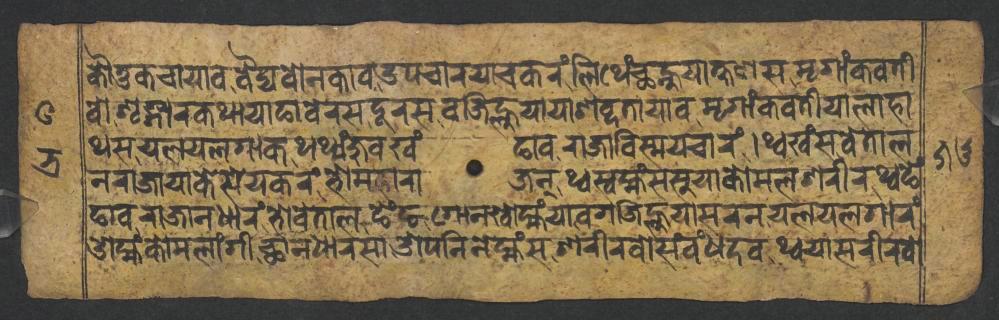
𑐎𑑁𑐟𑐸𑐎𑐔𑐵𑐫𑐵𑐰𑐰𑐿𑐡𑑂𑐫𑐧𑑀𑐣𑐎𑐵𑐰𑑁𑐥𑐔𑐵𑐬𑐫𑐵𑐔𑐎𑐬𑑄𑐮𑐶𑐠𑐾𑑄𑐕𑐣𑑂𑐴𑐸𑐫𑐵𑐎𑑂𑐲𑐞𑐳𑐩𑐺𑐐𑐵𑑄𑐎𑐰𑐟𑐷 𑐰𑑀𑐱𑐺𑐒𑑂𑐐𑐵𑐬𑐎𑐠𑐵𑐫𑐵𑐒𑐵𑐧𑐾𑐬𑐳𑐡𑐹𑐬𑐳𑐧𑐖𑐶𑐮𑑂𑐴𑐸𑐫𑐵𑐫𑐵𑐱𑐧𑑂𑐡𑐟𑐵𑐫𑐵𑐰𑐩𑐺𑐐𑐵𑑄𑐎𑐰𑐟𑐷𑐫𑐵𑐮𑐵𑐴𑐵 𑐠𑐳𑐫𑐮𑐫𑐮𑐐𑐵𑐎𑐠𑐠𑑂𑐫𑑄𑐖𑐸𑐰𑐏𑑄𑐒𑐵𑐰𑐬𑐵𑐖𑐵𑐰𑐶𑐳𑑂𑐩𑐫𑐔𑐵𑐬𑑄𑑋𑐠𑑂𑐰𑐏𑑄𑐳𑐰𑐾𑐟𑐵𑐮 𑐣𑐬𑐵𑐖𑐵𑐫𑐵𑐎𑐾𑐳𑐾𑐫𑐎𑐬𑑄𑐨𑑀𑐩𑐴𑐵𑐬𑐵𑐖𑐣𑑂𑐠𑑂𑐰𑐳𑑂𑐰𑐩𑑂𑐴𑑄𑐳𑐳𑐸𑐫𑐵𑐎𑑀𑐩𑐮𑐱𑐬𑐷𑐬𑐠𑑂𑐰𑐒𑐾𑑄 𑐒𑐵𑐰𑐬𑐵𑐖𑐵𑐣𑐢𑐵𑐬𑑄𑐨𑑀𑐰𑐾𑐟𑐵𑐮𑐒𑐾𑑄𑐒𑐐𑑀𑐣𑐏𑑀𑐩𑑂𑐴𑑄𑐫𑐵𑐧𑐐𑐖𑐶𑐮𑑂𑐴𑐸𑐫𑐵𑐳𑐬𑐣𑐫𑐮𑐫𑐮𑐐𑐵𑐬𑑄 𑐌𑐩𑑂𑐴𑑄𑐎𑑀𑐩𑐮𑐵𑑄𑐐𑐷𑐕𑐵𑐣𑐢𑐵𑐬𑐳𑐵𑐌𑐥𑐣𑐶𑐣𑐾𑐩𑑂𑐴𑑄𑐳𑐱𑐬𑐷𑐬𑐰𑑀𑐳𑑄𑐧𑑄𑐢𑐡𑐰𑐠𑑂𑐰𑐫𑐵𑐳𑐬𑐷𑐬𑐰𑑀